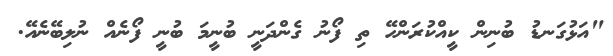
"އަޅުގަނޑު ބުނިން ކީއްކުރަންހޭ ތި ފޯނު ގެންދަނީ ބުނީމަ ބުނީ ފޯނެއް ނުލިބޭނެއޭ.